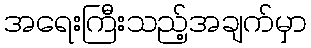
အရေးကြီးသည့်အချက်မှာ